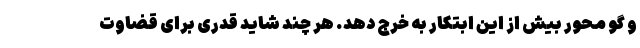
و گو محور بیش از این ابتکار به خرج دهد. هر چند شاید قدری برای قضاوت